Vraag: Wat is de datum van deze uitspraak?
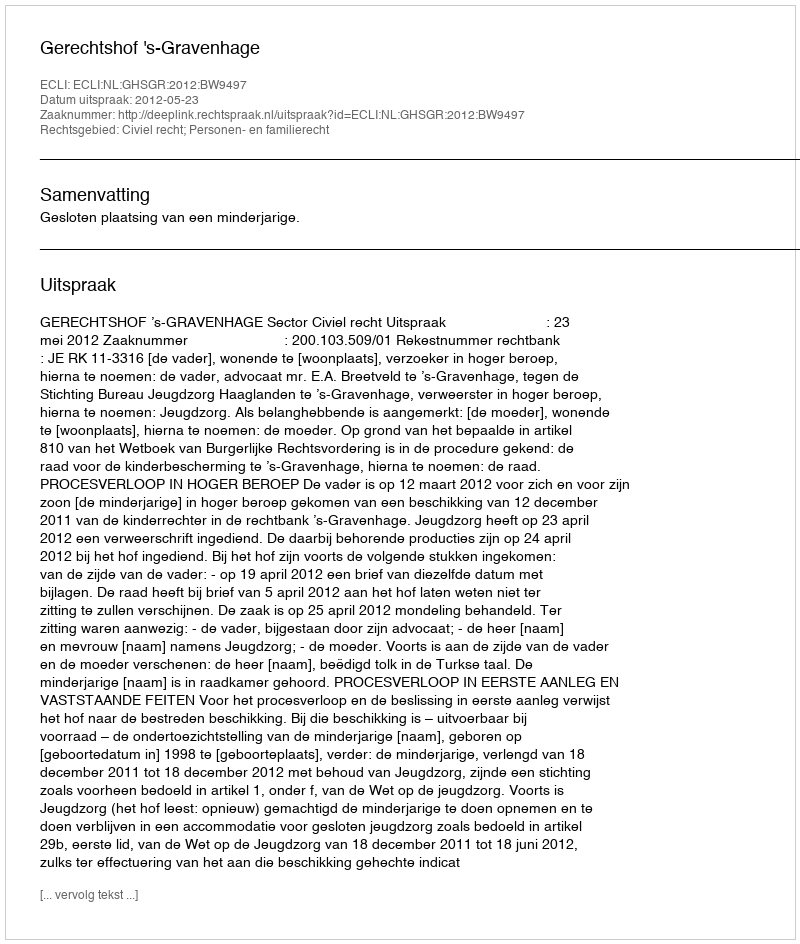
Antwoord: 2012-05-23